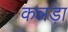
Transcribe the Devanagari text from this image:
कन्नड़ा